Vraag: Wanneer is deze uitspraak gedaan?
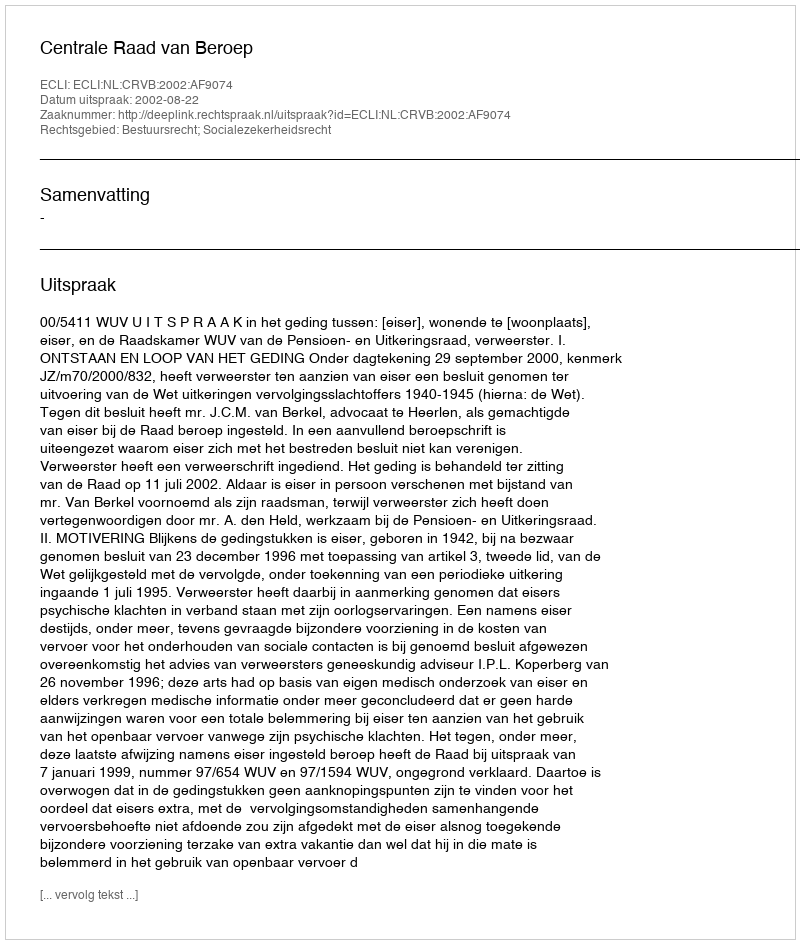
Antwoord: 2002-08-22